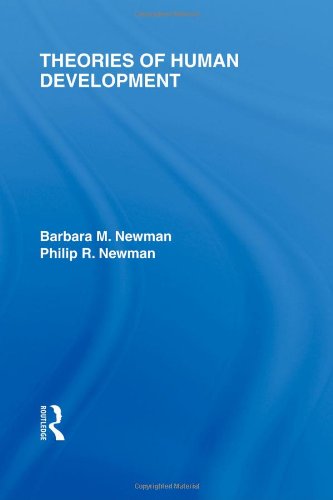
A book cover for Theories of Human Development; Barbara M. Newman; Medical Books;